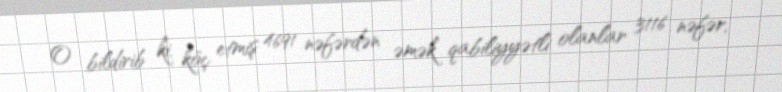
O bildirib ki, köç etmiş 4691 nəfərdən əmək qabiliyyətli olanlar 3116 nəfər,